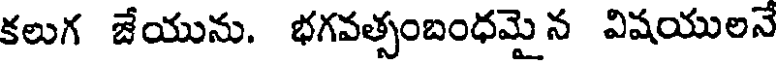
కలుగ జేయును. భగవత్సంబంధమై న విషయులనే